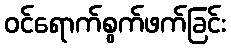
ဝင်ရောက်စွက်ဖက်ခြင်း